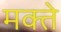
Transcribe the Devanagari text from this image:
मक्ते